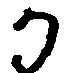
か